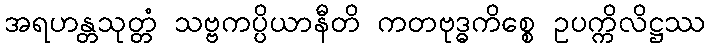
အရဟန္တသုတ္တံ သဗ္ဗကပ္ပိယာနီတိ ကတဗုဒ္ဓကိစ္စေ ဥပက္ကိလိဋ္ဌဿ